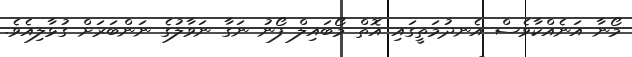
މޯނާ އަނެއްކާވެސް އެނދުމަތީގައި އޮތް މޯބައިލް ފޯނު ނަގާ ނަވާލުގެ ނަންބަރަށް ގުޅާލިއެވެ.